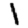
Digit: 1